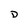
Character: D